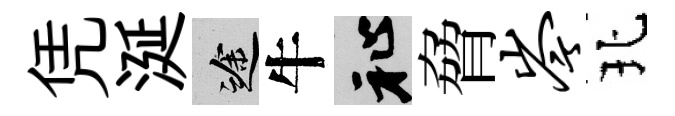
凭涎途牛祉脅岑北